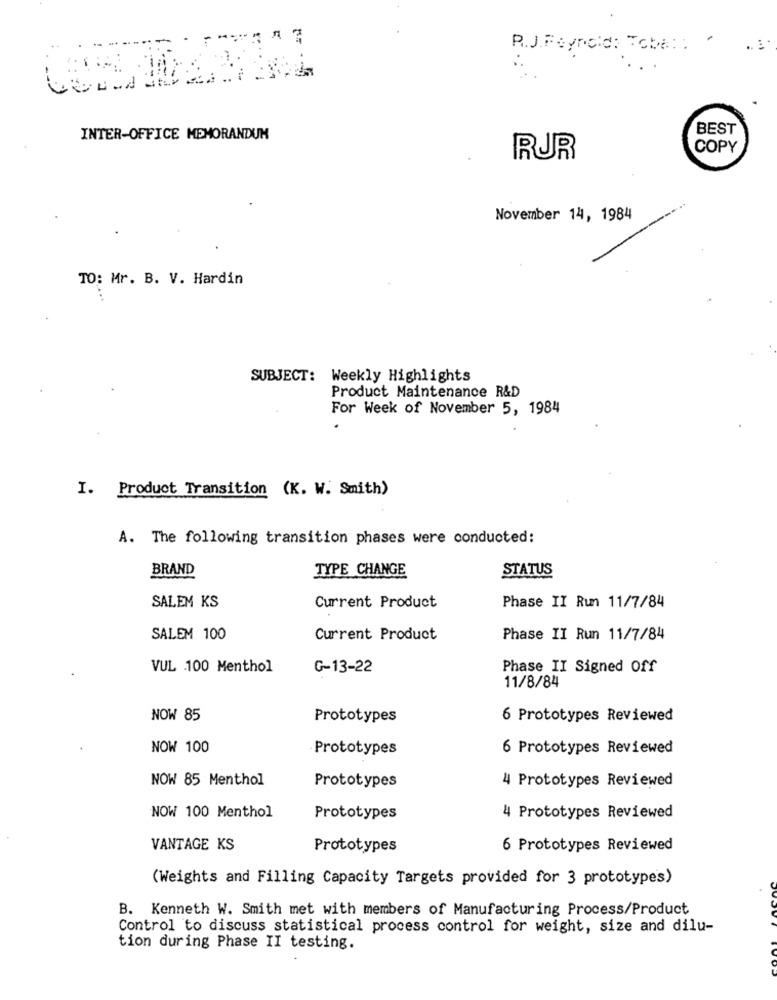
R.J.Reynolds Tobe ::
:
BEST
INTER-OFFICE MEMORANDUM
COPY
RUR
November 14, 1984
TO: Mr. B. V. Hardin
SUBJECT: Weekly Highlights
Product Maintenance R&D
For Week of November 5, 1984
I. Product Transition (K. W. Smith)
A. The following transition phases were conducted:
BRAND
TYPE CHANGE
STATUS
SALEM KS
Current Product
Phase II Run 11/7/84
SALEM 100
Current Product
Phase II Run 11/7/84
VUL 100 Menthol
G-13-22
Phase II Signed Off
11/8/84
NOW 85
Prototypes
6 Prototypes Reviewed
NOW 100
Prototypes
6 Prototypes Reviewed
NOW 85 Menthol
Prototypes
4 Prototypes Reviewed
NOW 100 Menthol
Prototypes
4 Prototypes Reviewed
VANTAGE KS
Prototypes
6 Prototypes Reviewed
(Weights and Filling Capacity Targets provided for 3 prototypes)
B. Kenneth W. Smith met with members of Manufacturing Process/Product
Control to discuss statistical process control for weight, size and dilu-
tion during Phase II testing.